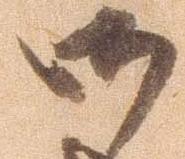
御